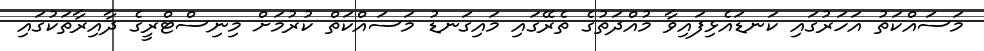
މަސައްކަތު އަހަރުގައި ކަނޑައެޅިފައިވާ މުއްދަތުގެ ތެރޭގައި މައިގަނޑު މަސައްކަތް ކުރުމަށް މިނިސްޓްރީގެ ދާއިރާތަކުގައި